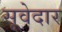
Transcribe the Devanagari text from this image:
सूवेदार